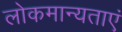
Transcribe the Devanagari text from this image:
लोकमान्यताएं